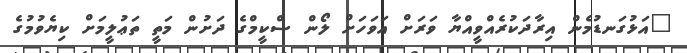
"އަޅުގަނޑުމެން އިރާދަކުރެއްވީއްޔާ ވަރަށް އަވަހަށް ލޯން ސްކީމްގެ ދަށުން މަތީ ތަޢުލީމަށް ކިޔެވުމުގެ